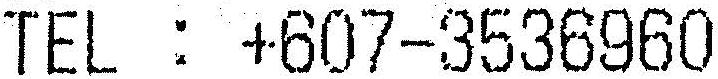
TEL : +607-3536960